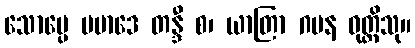
သောပ္ပေ ပမာဒေ တန္ဒီ စ၊ ယာတြာ ဂမန ဝုတ္တိသု။